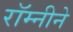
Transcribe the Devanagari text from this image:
रॉम्नीने